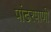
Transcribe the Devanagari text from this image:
पांढरेपाणी